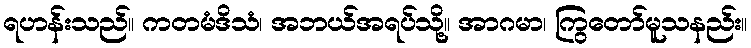
ရဟန်းသည်။ ကတမံဒိသံ၊ အဘယ်အရပ်သို့။ အာဂမာ၊ ကြွတော်မူသနည်း။